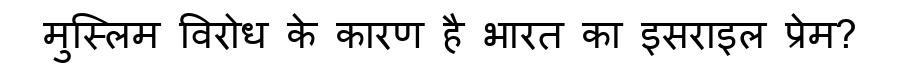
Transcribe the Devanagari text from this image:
मुस्लिम विरोध के कारण है भारत का इसराइल प्रेम?